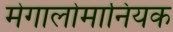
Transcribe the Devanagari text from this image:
मेगालोमानियक